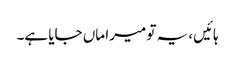
ہائیں، یہ تو میرا ماں جایا ہے۔